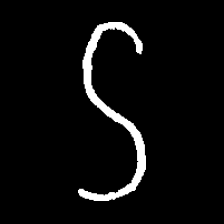
Pyu character \u2014 Myanmar letter: ဌ (romanized: ttha)